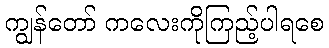
ကျွန်တော် ကလေးကိုကြည့်ပါရစေ